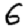
Digit: 6